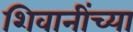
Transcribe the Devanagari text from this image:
शिवानींच्या